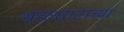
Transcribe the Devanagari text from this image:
थळघाटाच्या